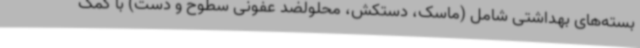
بسته‌های بهداشتی شامل (ماسک، دستکش، محلولضد عفونی سطوح و دست) با کمک